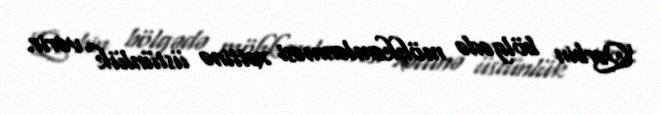
Qərbin bölgədə möhkəmlənməsi xəttinə üstünlük verir.